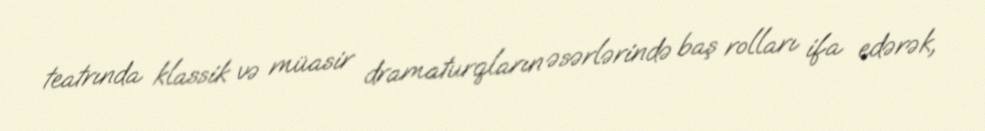
teatrında klassik və müasir dramaturqların əsərlərində baş rolları ifa edərək,